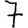
Digit: 7